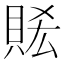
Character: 𧵧